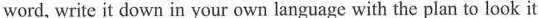
word, write it down in your own language with the plan to look it